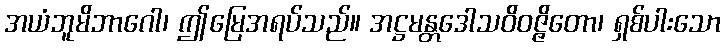
အယံဘူမိဘာဂေါ၊ ဤမြေအရပ်သည်။ အဋ္ဌမန္တဒေါသဝိဝဇ္ဇိတော၊ ရှစ်ပါးသော